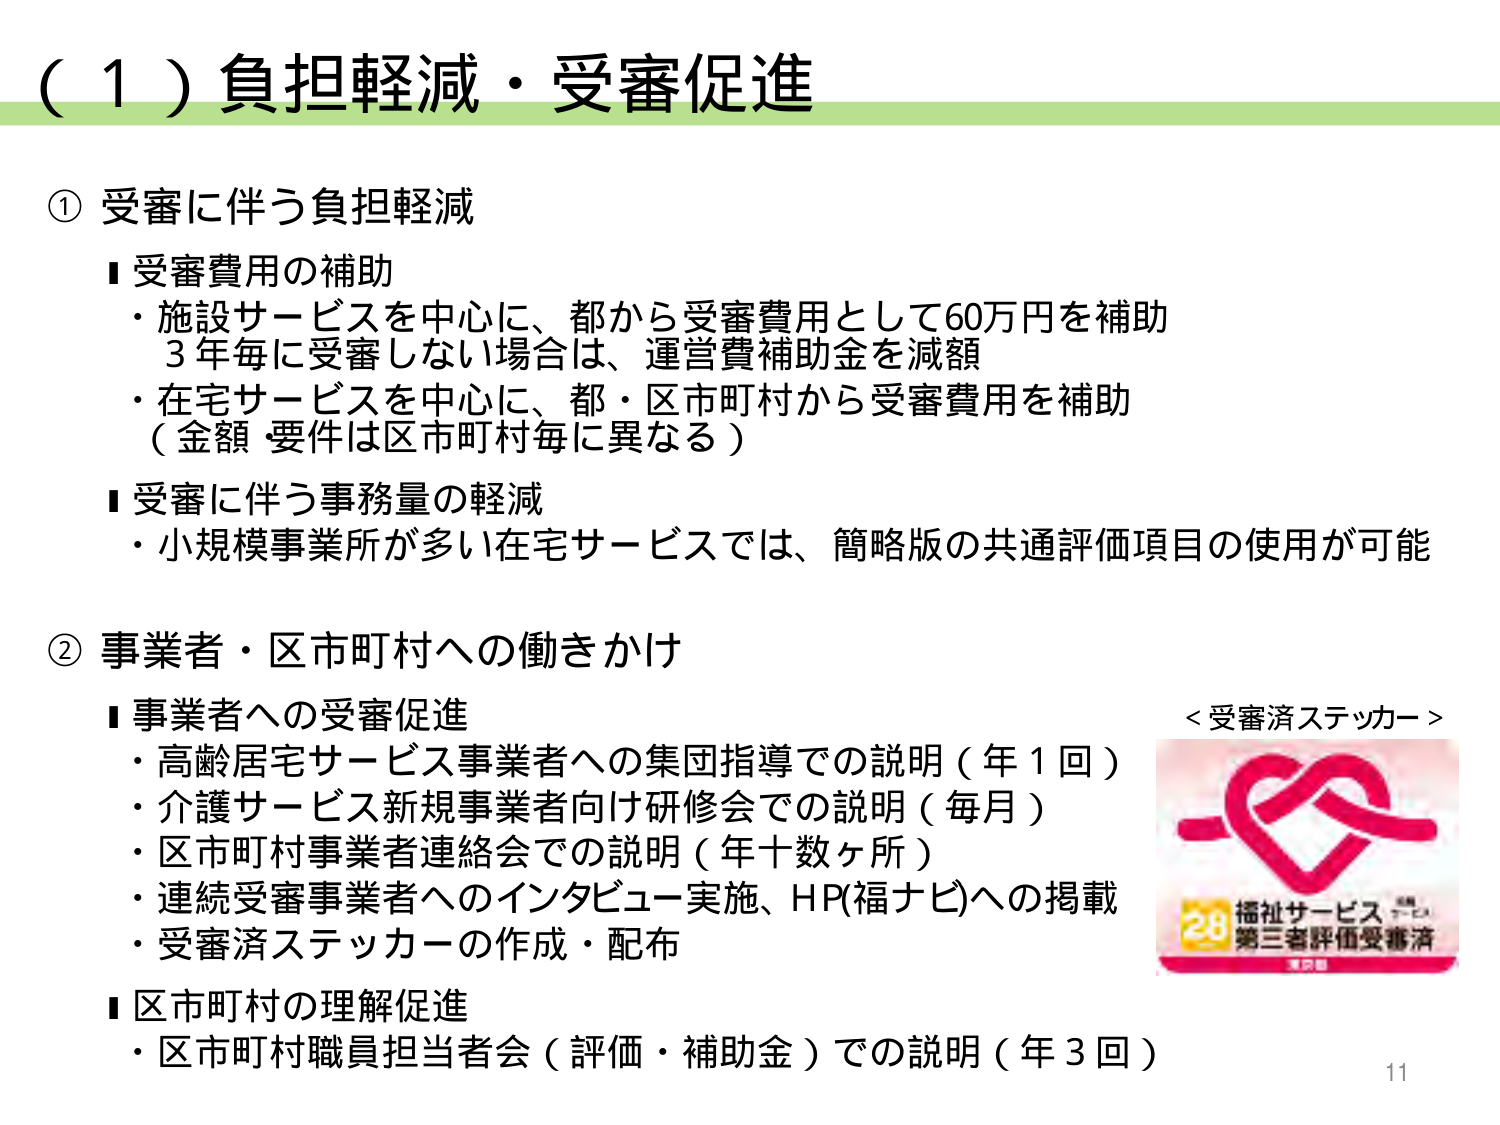
（１）負担軽減・受審促進

① 受審に伴う負担軽減
■ 受審費用の補助
・施設サービスを中心に、都から受審費用として60万円を補助
　3年毎に受審しない場合は、運営費補助金を減額
・在宅サービスを中心に、都・区市町村から受審費用を補助
　（金額・要件は区市町村毎に異なる）
■ 受審に伴う事務量の軽減
・小規模事業所が多い在宅サービスでは、簡略版の共通評価項目の使用が可能

② 事業者・区市町村への働きかけ
■ 事業者への受審促進
・高齢居宅サービス事業者への集団指導での説明（年1回）
・介護サービス新規事業者向け研修会での説明（毎月）
・区市町村事業者連絡会での説明（年十数ヶ所）
・連続受審事業者へのインタビュー実施、HP(福ナビ)への掲載
・受審済ステッカーの作成・配布
■ 区市町村の理解促進
・区市町村職員担当者会（評価・補助金）での説明（年3回）

＜受審済ステッカー＞
28 播祉サービス 第三者評価受審済
東京都

11